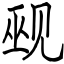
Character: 觋